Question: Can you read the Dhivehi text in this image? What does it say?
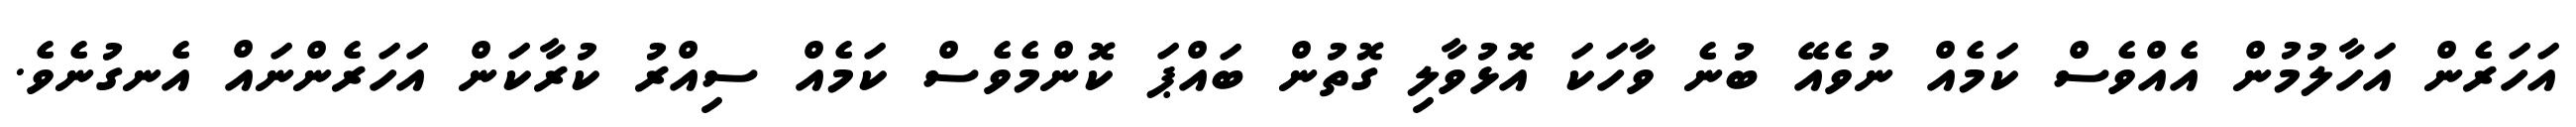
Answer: އަހަރެން އަހާލުމުން އެއްވެސް ކަމެއް ނުވެއޭ ބުނެ ވާހަކަ އޮޅުވާލި ގޮތުން ބައްޕަ ކޮންމެވެސް ކަމެއް ސިއްރު ކުރާކަން އަހަރެންނައް އެނގުނެވެ.